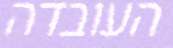
העובדה